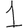
Digit: 1